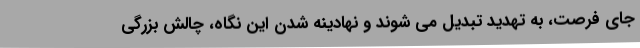
جای فرصت، به تهدید تبدیل می شوند و نهادینه شدن این نگاه، چالش بزرگی